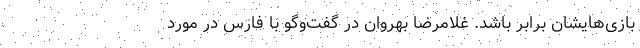
بازی‌هایشان برابر باشد. غلامرضا بهروان در گفت‌وگو با فارس در مورد